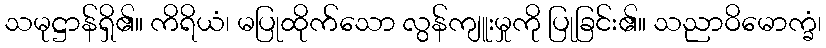
သမုဋ္ဌာန်ရှိ၏။ ကိရိယံ၊ မပြုထိုက်သော လွန်ကျူးမှုကို ပြုခြင်း၏။ သညာဝိမောက္ခံ၊